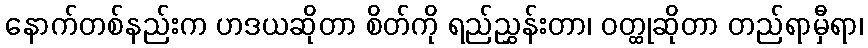
နောက်တစ်နည်းက ဟဒယဆိုတာ စိတ်ကို ရည်ညွှန်းတာ၊ ဝတ္ထုဆိုတာ တည်ရာမှီရာ၊